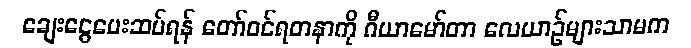
ချေးငွေပေးဆပ်ရန် တော်ဝင်ရတနာကို ဂီယာမော်တာ လေယာဉ်များသာမက